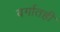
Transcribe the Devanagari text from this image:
वर्गातही